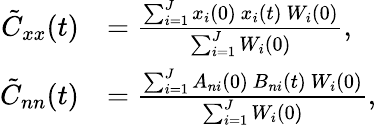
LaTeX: \begin{array}{rl}{\tilde{C}_{xx}(t)}&{=\frac{\sum_{i=1}^{J}x_{i}(0)\ x_{i}(t)\ W_{i}(0)}{\sum_{i=1}^{J}W_{i}(0)}\mathrm{,}}\\ {\tilde{C}_{nn}(t)}&{=\frac{\sum_{i=1}^{J}A_{ni}(0)\ B_{ni}(t)\ W_{i}(0)}{\sum_{i=1}^{J}W_{i}(0)}\mathrm{,}}\end{array}